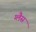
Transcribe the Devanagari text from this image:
ग्लैस